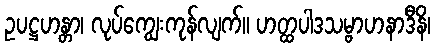
ဥပဋ္ဌဟန္တာ၊ လုပ်ကျွေးကုန်လျက်။ ဟတ္ထပါဒသမ္ဗာဟနာဒီနိ၊